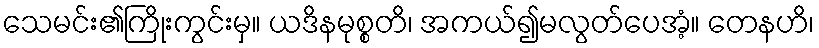
သေမင်း၏ကြိုးကွင်းမှ။ ယဒိနမုစ္စတိ၊ အကယ်၍မလွတ်ပေအံ့။ တေနဟိ၊